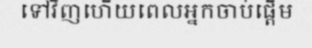
ទៅវិញហើយពេលអ្នកចាប់ផ្តើម